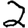
Digit: 2